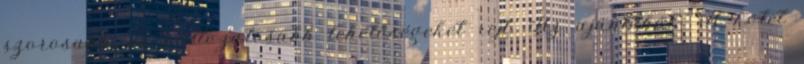
szorosabb, és változatosabb lehetőségeket rejt. Az ajánlóból: "A kötet